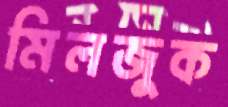
মিলজুক